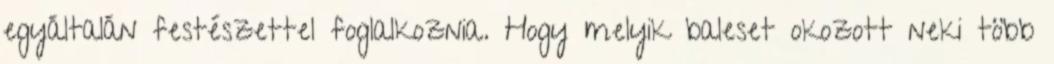
egyáltalán festészettel foglalkoznia. Hogy melyik baleset okozott neki több